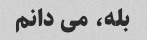
بله، می دانم